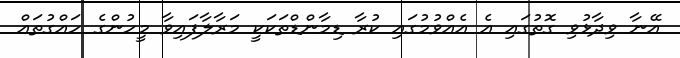
އޭނާ ވިދާޅުވި ގޮތުގައި އެ އެއްވުމުގައި ކުރާ ޑިމާންޑްތަކަކީ މަރާލާފައިވާ މީހުންގެ ހައްގުތައް